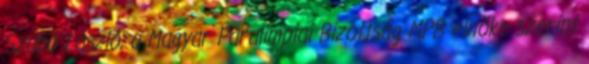
Szabó László, a Magyar Paralimpiai Bizottság MPB elnöke szerint